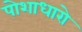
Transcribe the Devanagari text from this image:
पोशाधारो